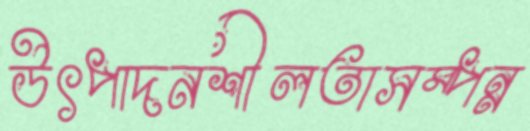
উৎপাদনশীলতাসম্পন্ন